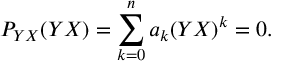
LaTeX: { \cal P } _ { Y X } ( Y X ) = \sum _ { k = 0 } ^ { n } a _ { k } ( Y X ) ^ { k } = 0 .